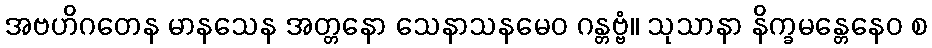
အဗဟိဂတေန မာနသေန အတ္တနော သေနာသနမေဝ ဂန္တဗ္ဗံ။ သုသာနာ နိက္ခမန္တေနေဝ စ